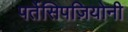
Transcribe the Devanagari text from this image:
पर्तेसिपज़ियोनी